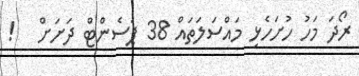
ރޯދަ މަހު ހުށަހެޅި މައްސަލަތައް 38 ޕަސެންޓް ދަށަށް   !